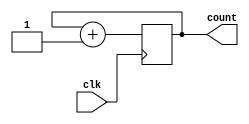
module top(input wire clk,output reg count);

always @(posedge clk)begin
	count <= count + 1'b1;
end

endmodule